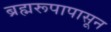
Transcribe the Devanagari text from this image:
ब्रह्मरूपापासून